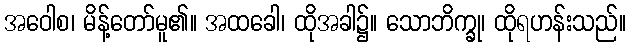
အဝေါစ၊ မိန့်တော်မူ၏။ အထခေါ၊ ထိုအခါ၌။ သောဘိက္ခု၊ ထိုရဟန်းသည်။